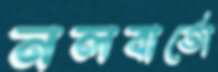
নলবার্তো